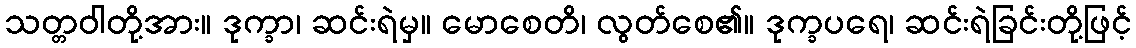
သတ္တဝါတို့အား။ ဒုက္ခာ၊ ဆင်းရဲမှ။ မောစေတိ၊ လွတ်စေ၏။ ဒုက္ခပရေ၊ ဆင်းရဲခြင်းတို့ဖြင့်